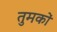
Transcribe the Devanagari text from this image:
तुमकों